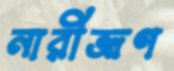
নারীভ্রূণ